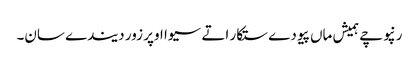
رنپوچے ہمیش ماں پیو دے ستکار اتے سیوا اوپر زور دیندے سان۔